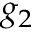
g _ { 2 }